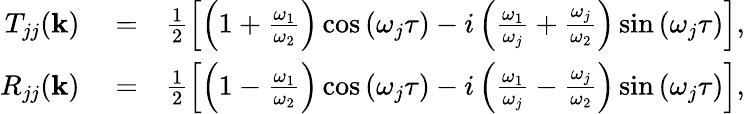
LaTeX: \begin{array}{rlr}{T_{jj}({\mathbf k})}&{{}=}&{\frac{1}{2}\left[\left(1+\frac{\omega_{1}}{\omega_{2}}\right)\cos\left(\omega_{j}\tau\right)-i\left(\frac{\omega_{1}}{\omega_{j}}+\frac{\omega_{j}}{\omega_{2}}\right)\sin\left(\omega_{j}\tau\right)\right],}\\ {R_{jj}({\mathbf k})}&{{}=}&{\frac{1}{2}\left[\left(1-\frac{\omega_{1}}{\omega_{2}}\right)\cos\left(\omega_{j}\tau\right)-i\left(\frac{\omega_{1}}{\omega_{j}}-\frac{\omega_{j}}{\omega_{2}}\right)\sin\left(\omega_{j}\tau\right)\right],}\end{array}